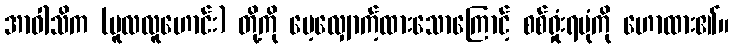
အာဝါသိက (မူလလူဟောင်း) တို့ကို မေ့လျှောက့်ထားသောကြောင့် စစ်ရှုံးရပုံကို ဟောထား၏။